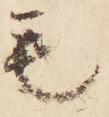
毛